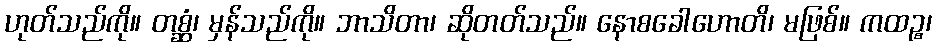
ဟုတ်သည်ကို။ တစ္ဆံ၊ မှန်သည်ကို။ ဘာသိတာ၊ ဆိုတတ်သည်။ နောစခေါဟောတိ၊ မဖြစ်။ ကထဉ္စ၊